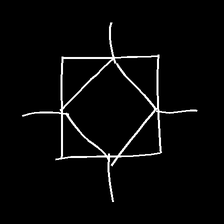
Glyph: light